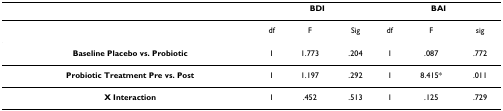
|  | <COLSPAN=3> BDI | <COLSPAN=3> BAI |
 | --- | --- | --- | --- | --- | --- | --- |
 |  | df | F | Sig | df | F | sig |
 | Baseline Placebo vs. Probiotic | 1 | 1.773 | .204 | 1 | .087 | .772 |
 | Probiotic Treatment Pre vs. Post | 1 | 1.197 | .292 | 1 | 8.415* | .011 |
 | X Interaction | 1 | .452 | .513 | 1 | .125 | .729 |